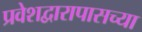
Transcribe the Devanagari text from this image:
प्रवेशद्वारापासच्या